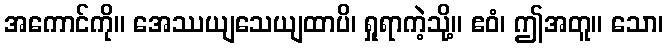
အကောင်ကို။ အေဿယျသေယျထာပိ၊ ရှုရာကဲ့သို့။ ဧဝံ၊ ဤအတူ။ သော၊